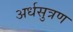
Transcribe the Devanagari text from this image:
अर्धसुत्रण